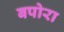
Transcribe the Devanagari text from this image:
बपोरा